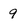
Character: 9